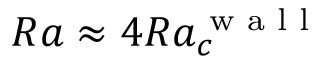
R a \approx 4 R a _ { c } ^ { \textrm { w a l l } }